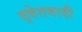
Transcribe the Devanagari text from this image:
द्वेतवादी